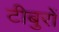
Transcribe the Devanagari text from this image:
टीबुरों